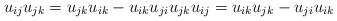
LaTeX: \begin{align*}u_{ij}u_{jk}=u_{jk}u_{ik}-u_{ik}u_{ji} u_{jk}u_{ij}=u_{ik}u_{jk}-u_{ji}u_{ik}\end{align*}